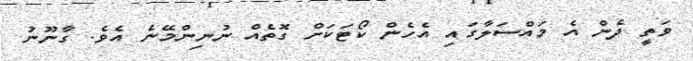
ވަތީ ދެން އެ މައްސަލާގައި އެހެން ކޯޓަކަށް ގޮތެއް ނުނިންމޭނެ އެވެ. ގާނޫނު